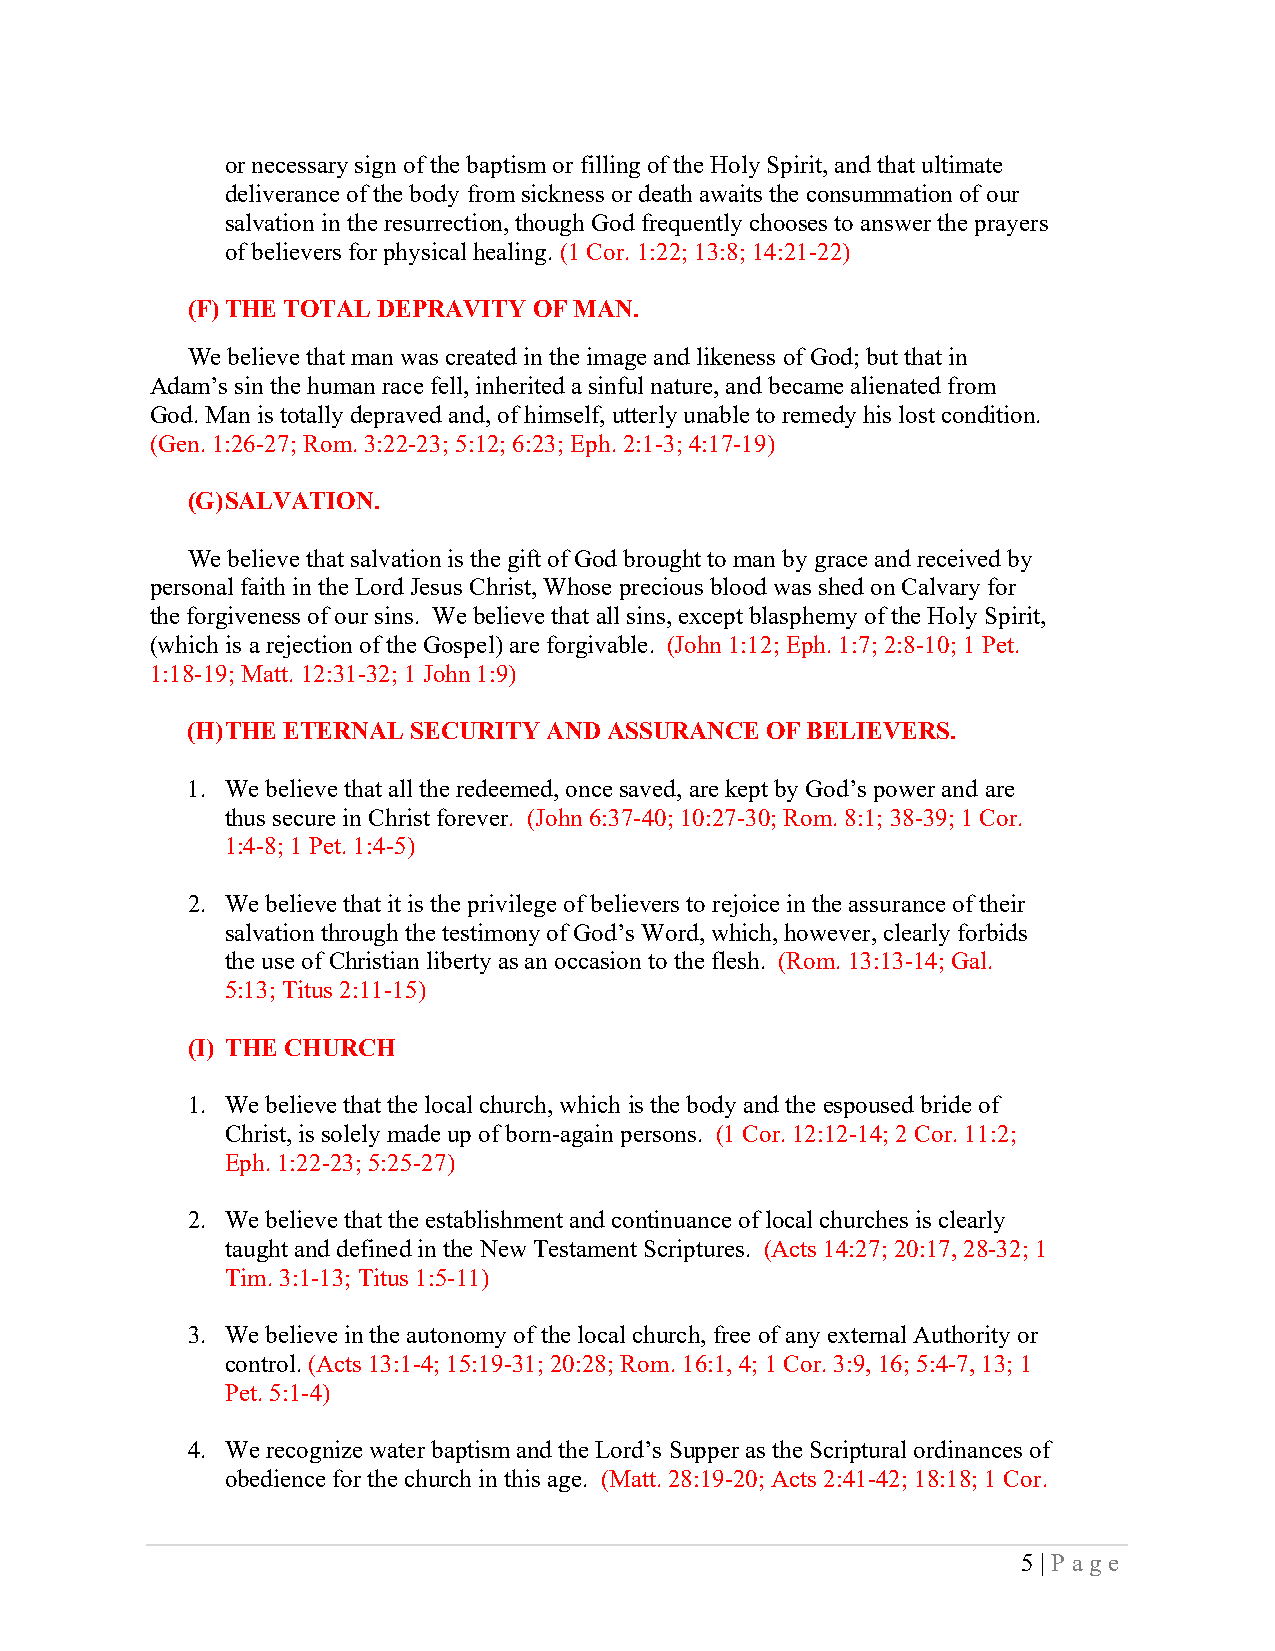
or necessary sign of the baptism or filling of the Holy Spirit, and that ultimate
 deliverance of the body from sickness or death awaits the consummation of our
 salvation in the resurrection, though God frequently chooses to answer the prayers
 of believers for physical healing. (1 Cor. 1:22; 13:8; 14:21-22)
 (F) THE TOTAL DEPRAVITY OF MAN.
 We believe that man was created in the image and likeness of God; but that in
 Adam’s sin the human race fell, inherited a sinful nature, and became alienated from
 God. Man is totally depraved and, of himself, utterly unable to remedy his lost condition.
 (Gen. 1:26-27; Rom. 3:22-23; 5:12; 6:23; Eph. 2:1-3; 4:17-19)
 (G) SALVATION.
 We believe that salvation is the gift of God brought to man by grace and received by
 personal faith in the Lord Jesus Christ, Whose precious blood was shed on Calvary for
 the forgiveness of our sins. We believe that all sins, except blasphemy of the Holy Spirit,
 (which is a rejection of the Gospel) are forgivable. (John 1:12; Eph. 1:7; 2:8-10; 1 Pet.
 1:18-19; Matt. 12:31-32; 1 John 1:9)
 (H) THE ETERNAL SECURITY AND ASSURANCE OF BELIEVERS.
 1. We believe that all the redeemed, once saved, are kept by God’s power and are
 thus secure in Christ forever. (John 6:37-40; 10:27-30; Rom. 8:1; 38-39; 1 Cor.
 1:4-8; 1 Pet. 1:4-5)
 2. We believe that it is the privilege of believers to rejoice in the assurance of their
 salvation through the testimony of God’s Word, which, however, clearly forbids
 the use of Christian liberty as an occasion to the flesh. (Rom. 13:13-14; Gal.
 5:13; Titus 2:11-15)
 (I) THE CHURCH
 1. We believe that the local church, which is the body and the espoused bride of
 Christ, is solely made up of born-again persons. (1 Cor. 12:12-14; 2 Cor. 11:2;
 Eph. 1:22-23; 5:25-27)
 2. We believe that the establishment and continuance of local churches is clearly
 taught and defined in the New Testament Scriptures. (Acts 14:27; 20:17, 28-32; 1
 Tim. 3:1-13; Titus 1:5-11)
 3. We believe in the autonomy of the local church, free of any external Authority or
 control. (Acts 13:1-4; 15:19-31; 20:28; Rom. 16:1, 4; 1 Cor. 3:9, 16; 5:4-7, 13; 1
 Pet. 5:1-4)
 4. We recognize water baptism and the Lord’s Supper as the Scriptural ordinances of
 obedience for the church in this age. (Matt. 28:19-20; Acts 2:41-42; 18:18; 1 Cor.
 5 | Page